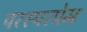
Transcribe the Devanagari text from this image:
परस्परप्रेम